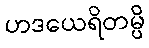
ဟဒယေရိတမ္ပိ